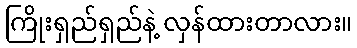
ကြိုးရှည်ရှည်နဲ့ လှန်ထားတာလား။